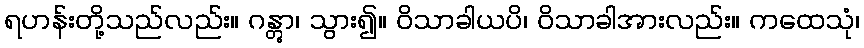
ရဟန်းတို့သည်လည်း။ ဂန္တွာ၊ သွား၍။ ဝိသာခါယပိ၊ ဝိသာခါအားလည်း။ ကထေသုံ၊